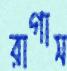
রাগাস